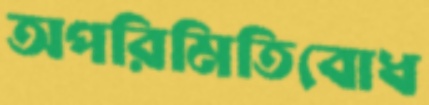
অপরিমিতিবোধ